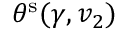
\theta ^ { \mathrm { { s } } } ( \gamma , v _ { 2 } )